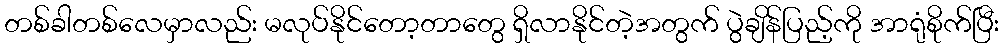
တစ်ခါတစ်လေမှာလည်း မလုပ်နိုင်တော့တာတွေ ရှိလာနိုင်တဲ့အတွက် ပွဲချိန်ပြည့်ကို အာရုံစိုက်ပြီး